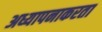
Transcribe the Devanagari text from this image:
अध्यापनाकरता